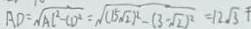
A D = \sqrt { A C ^ { 2 } - C D ^ { 2 } } = \sqrt { ( 1 5 \sqrt { 2 } ^ { 2 } ) - ( 3 - \sqrt { 2 } ) ^ { 2 } } = 1 2 \sqrt { 3 }